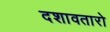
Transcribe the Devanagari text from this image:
दशावतारो